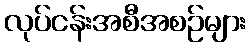
လုပ်ငန်းအစီအစဉ်များ